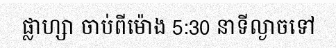
ផ្លាហ្សា ចាប់ពីម៉ោង 5:30 នាទីល្ងាចទៅ